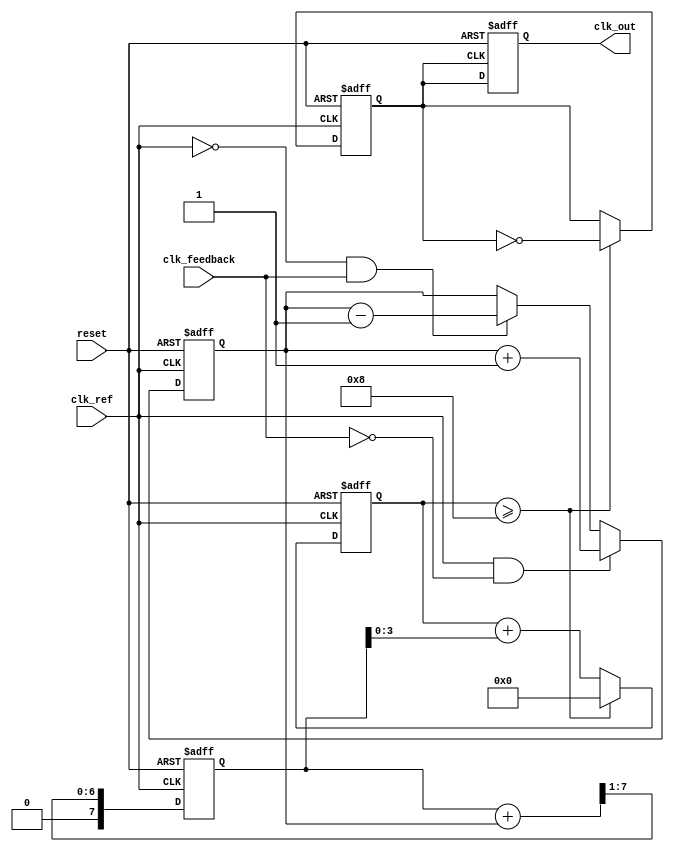
module dpll (
    input wire clk_ref,           // Reference clock
    input wire clk_feedback,      // Feedback clock from VCO
    input wire reset,             // Reset signal
    output reg clk_out            // Output clock
);

    // Parameters for the loop filter
    parameter FILTER_SIZE = 8;    // Size of the filter
    parameter MEMORY_SIZE = 16;    // Size of the memory block

    // Internal signals
    reg [FILTER_SIZE-1:0] phase_error; // Phase error signal
    reg [FILTER_SIZE-1:0] loop_filter_out; // Output of the loop filter
    reg [FILTER_SIZE-1:0] vco_control; // Control signal for VCO
    reg [MEMORY_SIZE-1:0] phase_memory [0:MEMORY_SIZE-1]; // Memory block for phase information
    integer mem_index; // Memory index for storing phase information
    reg [3:0] vco_count; // VCO frequency counter
    reg vco_clk; // VCO clock output

    // Phase Detector (PD)
    always @(posedge clk_ref or posedge reset) begin
        if (reset) begin
            phase_error <= 0;
        end else begin
            // Simple phase detection logic
            if (clk_ref && !clk_feedback) begin
                phase_error <= phase_error + 1; // Output leading
            end else if (!clk_ref && clk_feedback) begin
                phase_error <= phase_error - 1; // Output lagging
            end
        end
    end

    // Loop Filter
    always @(posedge clk_ref or posedge reset) begin
        if (reset) begin
            loop_filter_out <= 0;
        end else begin
            // Simple low-pass filter implementation
            loop_filter_out <= (loop_filter_out + phase_error) >> 1; // Average phase error
        end
    end

    // VCO
    always @(posedge clk_ref or posedge reset) begin
        if (reset) begin
            vco_count <= 0;
            vco_clk <= 0;
        end else begin
            // Adjust VCO frequency based on control voltage
            vco_count <= vco_count + loop_filter_out[FILTER_SIZE-1:0]; // Control VCO frequency
            if (vco_count >= 8) begin // Example threshold for toggling VCO output
                vco_clk <= ~vco_clk;
                vco_count <= 0;
            end
        end
    end

    // Feedback loop
    always @(posedge vco_clk or posedge reset) begin
        if (reset) begin
            clk_out <= 0;
            mem_index <= 0;
        end else begin
            clk_out <= vco_clk; // Output clock from VCO
            // Store phase information in memory
            phase_memory[mem_index] <= phase_error;
            mem_index <= (mem_index + 1) % MEMORY_SIZE; // Circular buffer
        end
    end

endmodule